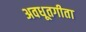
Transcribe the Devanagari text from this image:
अवधूतगीता